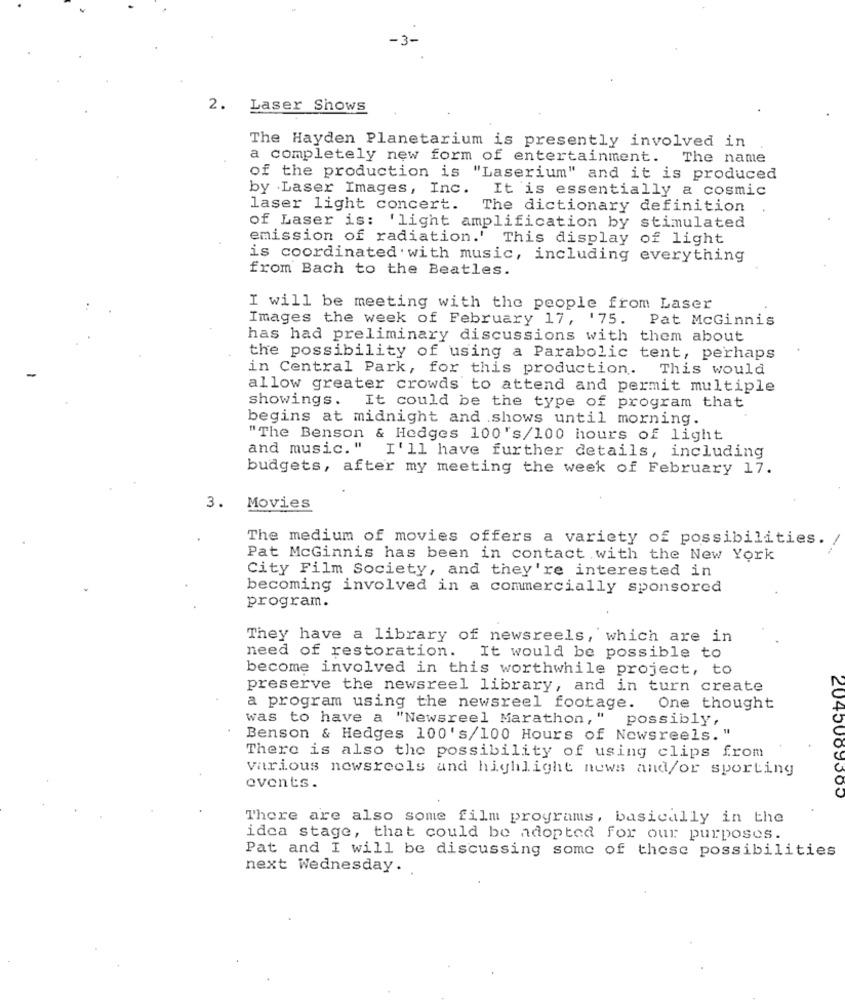
-3-
2. Laser Shows
The Hayden Planetarium is presently involved in
a completely new form of entertainment. The name
of the production is "Laserium" and it is produced
by Laser Images, Inc. It is essentially a cosmic
laser light concert. The dictionary definition
of Laser is: 'light amplification by stimulated
emission of radiation.' This display of light
is coordinated . with music, including everything
from Bach to the Beatles.
I will be meeting with the people from Laser
Images the week of February 17, '75.
Pat McGinnis
has had preliminary discussions with them about
the possibility of using a Parabolic tent, perhaps
in Central Park, for this production.
This would
allow greater crowds to attend and permit multiple
showings. It could be the type of program that
begins at midnight and shows until morning.
"The Benson & Hedges 100's/100 hours of light
and music." I'll have further details, including
budgets, after my meeting the week of February 17.
3. Movies
The medium of movies offers a variety of possibilities.
Pat McGinnis has been in contact with the New York
City Film Society, and they're interested in
becoming involved in a commercially sponsored
program.
They have a library of newsreels, which are in
need of restoration. It would be possible to
become involved in this worthwhile project, to
preserve the newsreel library, and in turn create
a program using the newsreel footage. One thought
was to have a "Newsreel Marathon," possibly,
Benson & Hedges 100's/100 Hours of Newsreels. "
There is also the possibility of using clips from
various newsreels and highlight news and/or sporting
events.
2045009500
There are also some film programs, basically in the
idea stage, that could be adopted for our purposes.
Pat and I will be discussing some of these possibilities
next Wednesday.